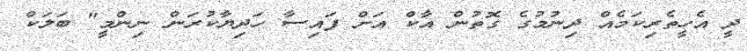
ދީ އެހީތެރިކަމެއް ދިނުމުގެ ގޮތުން އާކް އަށް ފައިސާ ހަދިޔާކުރަން ނިންމީ" ބަލަކް